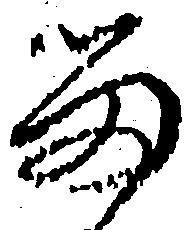
留